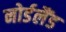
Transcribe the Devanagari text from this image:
नोर्डलैंड